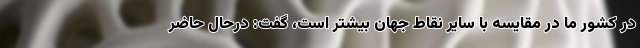
در کشور ما در مقایسه با سایر نقاط جهان بیشتر است، گفت: درحال حاضر